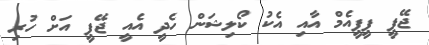
ޖޭޕީ ޕީޕީއެމް އާއި އެކު ކޯލިޝަން ހެދީ އެއީ ޖޭޕީ އަށް ހުރި